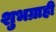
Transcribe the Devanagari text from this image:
शुभग्राही